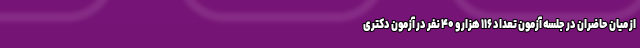
از میان حاضران در جلسه آزمون تعداد ۱۱۶ هزار و ۴۰ نفر در آزمون دکتری